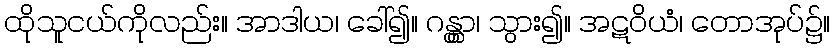
ထိုသူငယ်ကိုလည်း။ အာဒါယ၊ ခေါ်၍။ ဂန္တွာ၊ သွား၍။ အဋဝိယံ၊ တောအုပ်၌။